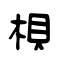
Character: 梖